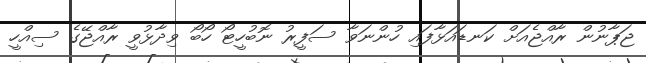
ޖަޕާނުން ރާއްޖެއަށް ކަނޑައަޅާފައި ހުންނަވާ ސަފީރު ނޮބުހީޓޯ ހޯބޯ ވިދާޅުވީ ރާއްޖޭގެ ސިއްހީ